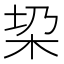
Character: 𣐟